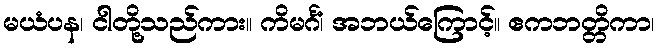
မယံပန၊ ငါတို့သည်ကား။ ကိမင်္ဂံ၊ အဘယ်ကြောင့်။ ဧကဘတ္တိကာ၊